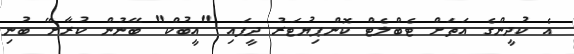
އެ ކުދީންގެ އަތަށް ޓެބްލެޓް ކޮންޕިޔުޓަރު ދީފައި "އީބުކް" ބޭނުން ކުރާށޭ ބުނި